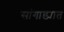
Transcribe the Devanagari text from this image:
सांगाड्यात